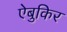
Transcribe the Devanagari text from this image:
ऐबुकिर